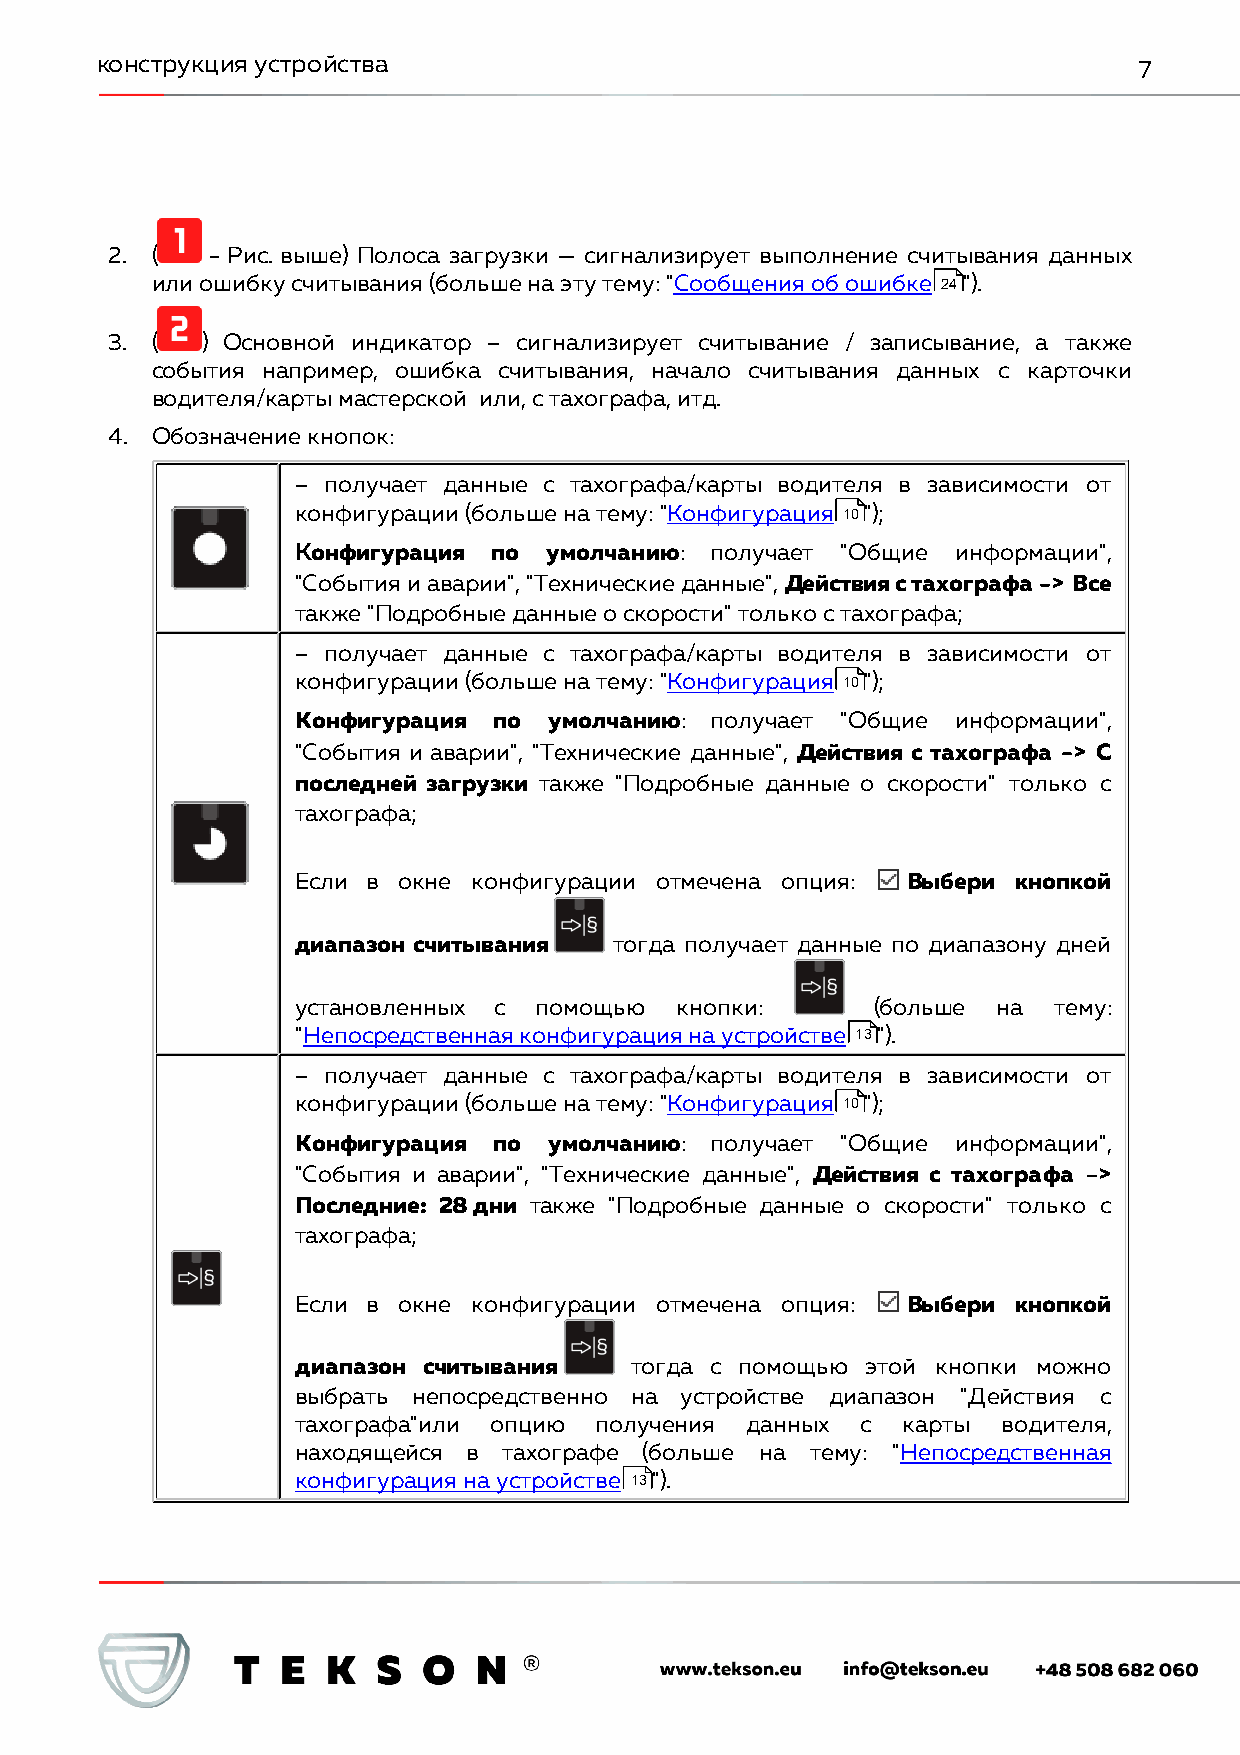
конструкция устройства                                               7
 2. (   - Рис. выше) Полоса загрузки — сигнализирует выполнение считывания данных
 или ошибку считывания (больше на эту тему: "Сообщения об ошибке 24").
 3. (  ) Основной индикатор – сигнализирует считывание / записывание, а также
 события например, ошибка считывания, начало считывания данных с карточки
 водителя/карты мастерской или, с тахографа, итд.
 4. Обозначение кнопок:
 – получает данные с тахографа/карты водителя в зависимости от
 конфигурации (больше на тему: "Конфигурация 10");
 Конфигурация по умолчанию: получает "Общие информации",
 "События и аварии", "Технические данные", Действия с тахографа -> Все
 также "Подробные данные о скорости" только с тахографа;
 – получает данные с тахографа/карты водителя в зависимости от
 конфигурации (больше на тему: "Конфигурация 10");
 Конфигурация по умолчанию: получает "Общие информации",
 "События и аварии", "Технические данные", Действия с тахографа -> С
 последней загрузки также "Подробные данные о скорости" только с
 тахографа;
 Если в окне конфигурации отмечена опция: Выбери кнопкой
 диапазон считывания  тогда получает данные по диапазону дней
 установленных с помощью  кнопки:      (больше на  тему:
 "Непосредственная конфигурация на устройстве 13").
 – получает данные с тахографа/карты водителя в зависимости от
 конфигурации (больше на тему: "Конфигурация 10");
 Конфигурация по умолчанию: получает "Общие информации",
 "События и аварии", "Технические данные", Действия с тахографа ->
 Последние: 28 дни также "Подробные данные о скорости" только с
 тахографа;
 Если в окне конфигурации отмечена опция: Выбери кнопкой
 диапазон считывания   тогда с помощью этой кнопки можно
 выбрать непосредственно на устройстве диапазон "Действия с
 тахографа"или опцию получения данных с  карты водителя,
 находящейся в тахографе (больше на тему: "Непосредственная
 конфигурация на устройстве 13").